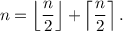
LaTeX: n = \left\lfloor { \frac { n } { 2 } } \right\rfloor + \left\lceil { \frac { n } { 2 } } \right\rceil .